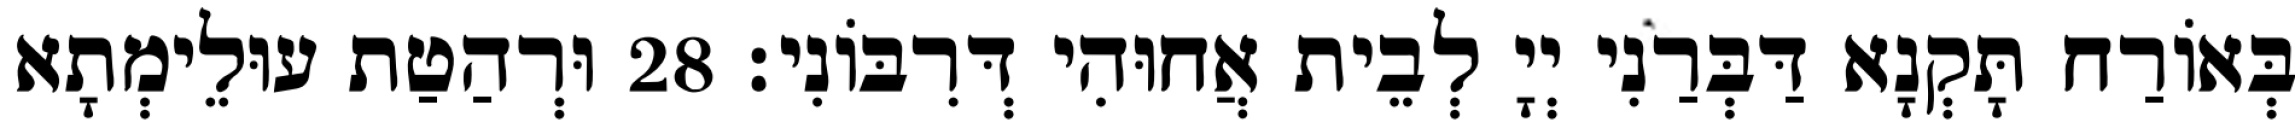
בְּאוֹרַח תָּקְנָא דַּבְּרַנִי יְיָ לְבֵית אֲחוּהִי דְּרִבּוֹנִי׃ 28 וּרְהַטַת עוּלֵימְתָא